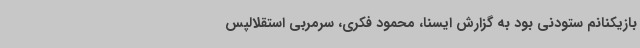
بازیکنانم ستودنی بود به گزارش ایسنا، محمود فکری، سرمربی استقلالپس